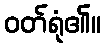
ဝတ်ရုံ၏။